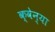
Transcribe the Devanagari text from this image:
क्वेन्या